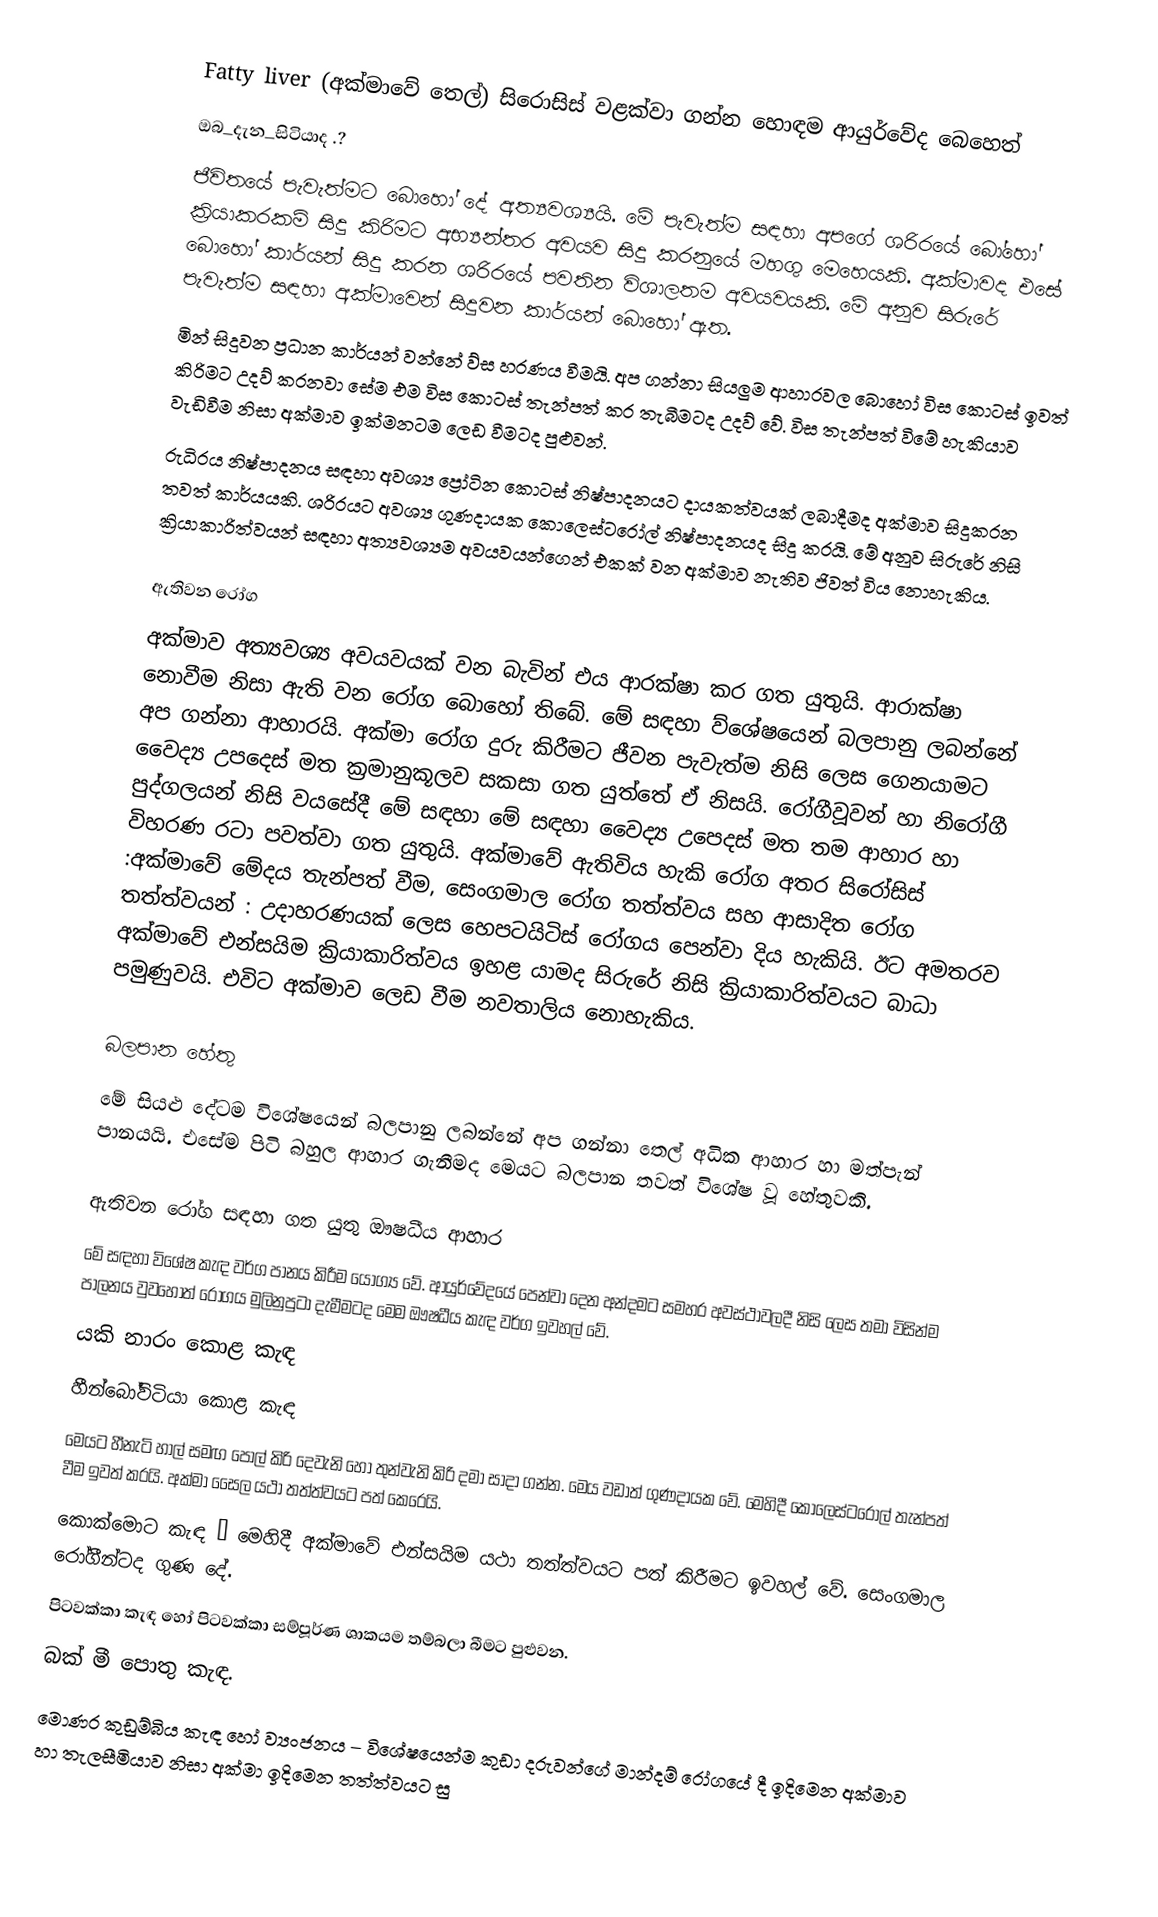
Fatty liver (අක්මාවේ තෙල්) සිරොසිස් වළක්වා ගන්න හොඳම ආයුර්වේද බෙහෙත්
ඔබ_දැන_සිටියාද .?
ජීවිතයේ පැවැත්මට බොහෝ දේ අත්‍යවශ්‍යයි. මේ පැවැත්ම සඳහා අපගේ ශරිරයේ බෝහෝ ක්‍රියාකරකම් සිදු කිරිමට අභ්‍යන්තර අවයව සිදු කරනුයේ මහගු මෙහෙයකි. අක්මාවද එසේ බොහෝ කාර්යන් සිදු කරන ශරිරයේ පවතින විශාලතම අවයවයකි. මේ අනුව සිරුරේ පැවැත්ම සඳහා අක්මාවෙන් සිදුවන කාර්යන් බොහෝ ඇත.
මින් සිදුවන ප්‍රධාන කාර්යන් වන්නේ ව්ස හරණය වීමයි. අප ගන්නා සියලුම ආහාරවල බොහෝ විස කොටස් ඉවත් කිරිමට උදව් කරනවා සේම එම විස කොටස් තැන්පත් කර තැබීමටද උදව් වේ. විස තැන්පත් විමේ හැකියාව වැඩිවීම නිසා අක්මාව ඉක්මනටම ලෙඩ වීමටද පුළුවන්.
රුධිරය නිෂ්පාදනය සඳහා අවශ්‍ය ප්‍රෝටින කොටස් නිෂ්පාදනයට දායකත්වයක් ලබාදීමද අක්මාව සිදුකරන තවත් කාර්යයකි. ශරිරයට අවශ්‍ය ගුණදායක කොලෙස්ටරෝල් නිෂ්පාදනයද සිදු කරයි. මේ අනුව සිරුරේ නිසි ක්‍රියාකාරිත්වයන් සඳහා අත්‍යවශ්‍යම අවයවයන්ගෙන් එකක් වන අක්මාව නැතිව ජිවත් විය නොහැකිය.

ඇතිවන රෝග
අක්මාව අත්‍යවශ්‍ය අවයවයක් වන බැවින් එය ආරක්ෂා කර ගත යුතුයි. ආරාක්ෂා නොවීම නිසා ඇති වන රෝග බොහෝ තිබේ. මේ සඳහා ව්ශේෂයෙන් බලපානු ලබන්නේ අප ගන්නා ආහාරයි. අක්මා රෝග දුරු කිරීමට ජීවන පැවැත්ම නිසි ලෙස ගෙනයාමට වෛද්‍ය උපදෙස් මත ක්‍රමානුකූලව සකසා ගත යුත්තේ ඒ නිසයි. රෝගීවූවන් හා නිරෝගී පුද්ගලයන් නිසි වයසේදී මේ සඳහා මේ සඳහා වෛද්‍ය උපෙදස් මත තම ආහාර හා විහරණ රටා පවත්වා ගත යුතුයි. අක්මාවේ ඇතිවිය හැකි රෝග අතර සිරෝසිස් :අක්මාවේ මේදය තැන්පත් වීම, සෙංගමාල රෝග තත්ත්වය සහ ආසාදිත රෝග තත්ත්වයන් : උදාහරණයක් ලෙස හෙපටයිටිස් රෝගය පෙන්වා දිය හැකියි. ඊට අමතරව අක්මාවේ එන්සයිම ක්‍රියාකාරිත්වය ඉහළ යාමද සිරුරේ නිසි ක්‍රියාකාරිත්වයට බාධා පමුණුවයි. එවිට අක්මාව ලෙඩ වීම නවතාලිය නොහැකිය.

බලපාන හේතු
මේ සියළු දේටම විශේෂයෙන් බලපානු ලබන්නේ අප ගන්නා තෙල් අධික ආහාර හා මත්පැන් පානයයි. එසේම පිටි බහුල ආහාර ගැනීමද මෙයට බලපාන තවත් විශේෂ වූ හේතුවකි.

ඇතිවන රෝග සඳහා ගත යුතු ඖෂධීය ආහාර
මේ සඳහා විශේෂ කැඳ වර්ග පානය කිරීම යෝග්‍ය වේ. ආයුර්වේදයේ පෙන්වා දෙන අන්දමට සමහර අවස්ථාවලදී නිසි ලෙස තමා විසින්ම පාලනය වුවහොත් රෝගය මුලිනුපුටා දැමීමටද මෙම ඖෂධීය කැඳ වර්ග ඉවහල් වේ.
 යකි නාරං කොළ කැඳ
හීන්බෝවිටියා කොළ කැඳ
මෙයට හීනැටි හාල් සමඟ පොල් කිරි දෙවැනි හෝ තුන්වැනි කිරි දමා සාදා ගන්න. මෙය වඩාත් ගුණදායක වේ. මෙහිදී කොලෙස්ටරෝල් තැන්පත් වීම ඉවත් කරයි. අක්මා සෛල යථා තත්ත්වයට පත් කෙරෙයි.
කොක්මොට කැඳ – මෙහිදී අක්මාවේ එන්සයිම යථා තත්ත්වයට පත් කිරීමට ඉවහල් වේ. සෙංගමාල රෝගීන්ටද ගුණ දේ.
පිටවක්කා කැඳ හෝ පිටවක්කා සම්පූර්ණ ශාකයම තම්බලා බීමට පුළුවන.
බක් මී පොතු කැඳ.
මොණර කුඩුම්බිය කැඳ හෝ ව්‍යංජනය – විශේෂයෙන්ම කුඩා දරුවන්ගේ මාන්දම් රෝගයේ දී ඉදිමෙන අක්මාව හා තැලසීමියාව නිසා අක්මා ඉදිමෙන තත්ත්වයට සු